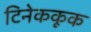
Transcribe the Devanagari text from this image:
टिनेककूक